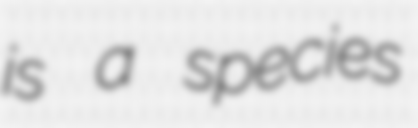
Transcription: is a species